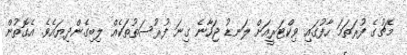
މެޗުގެ ފުރަތަމަ ހާފުގައި ވިކްޓަރީއަށް ލަނޑު ޖަހާނެ ގިނަ ފުރުސަތުތަކެއް ލިބިގެންދިޔައެވެ. އެގޮތުން